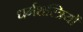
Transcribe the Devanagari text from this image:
धर्मशस्त्रियों